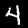
Digit: 4